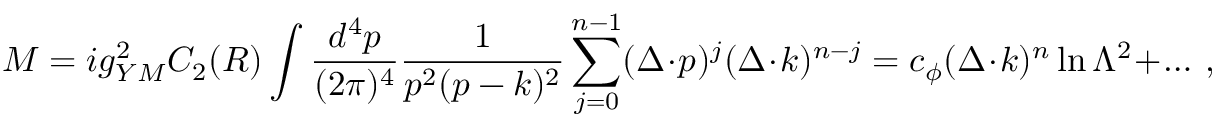
{ \cal M } = i g _ { Y M } ^ { 2 } C _ { 2 } ( R ) \int { \frac { d ^ { 4 } p } { ( 2 \pi ) ^ { 4 } } } { \frac { 1 } { p ^ { 2 } ( p - k ) ^ { 2 } } } \sum _ { j = 0 } ^ { n - 1 } ( \Delta \cdot p ) ^ { j } ( \Delta \cdot k ) ^ { n - j } = c _ { \phi } ( \Delta \cdot k ) ^ { n } \ln \Lambda ^ { 2 } + \ldots \, ,